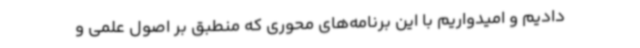
دادیم و امیدواریم با این برنامه‌های محوری که منطبق بر اصول علمی و